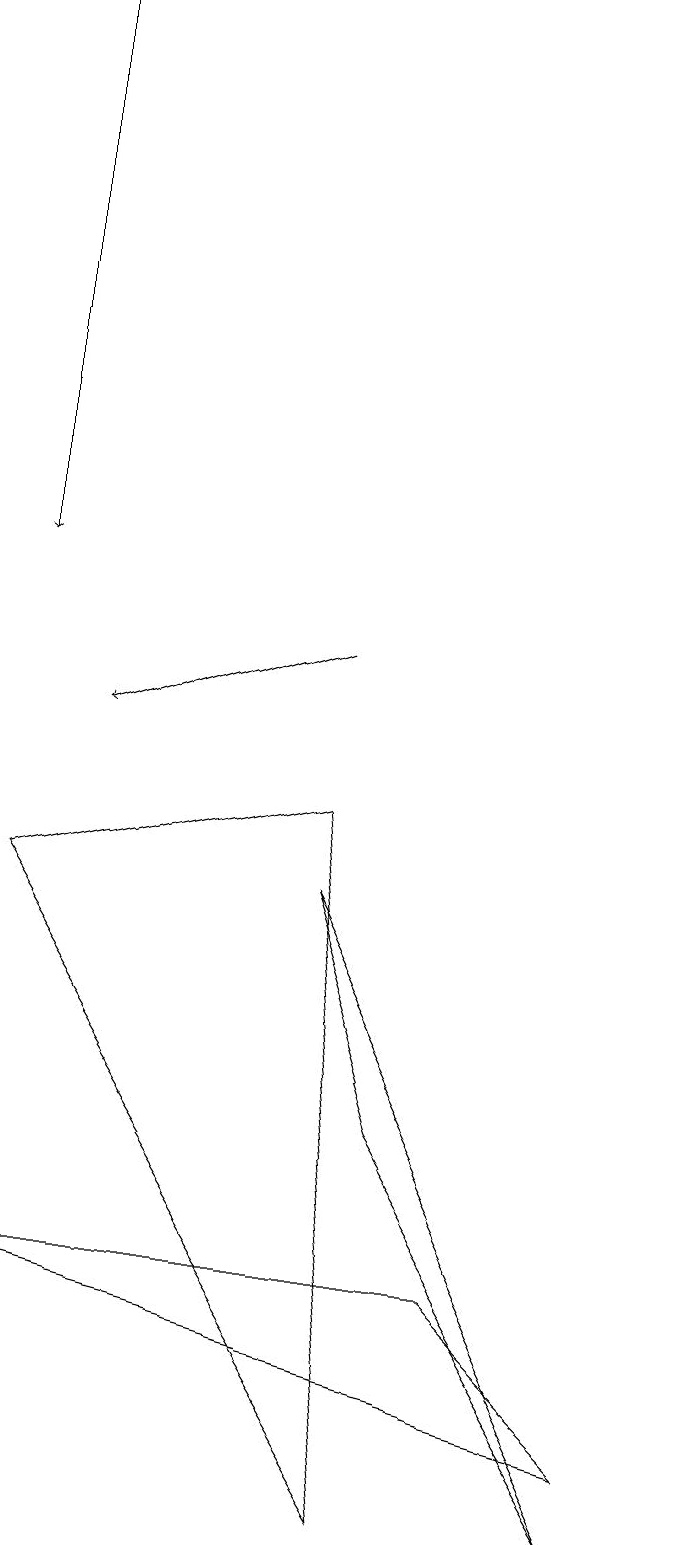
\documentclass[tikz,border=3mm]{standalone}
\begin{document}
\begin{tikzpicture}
\draw[->] (1,19) -- (1,12);
\draw (1,8) -- (6,0) -- (5,9) -- cycle;
\draw (7,3) -- (1,3) -- (9,1) -- cycle;
\draw[->] (5,11) -- (2,10);
\draw (6,5) -- (9,0) -- (5,8) -- cycle;
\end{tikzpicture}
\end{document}